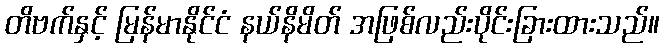
တိဗက်နှင့် မြန်မာနိုင်ငံ နယ်နိမိတ် အဖြစ်လည်းပိုင်းခြားထားသည်။